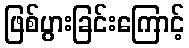
ဖြစ်ပွားခြင်းကြောင့်